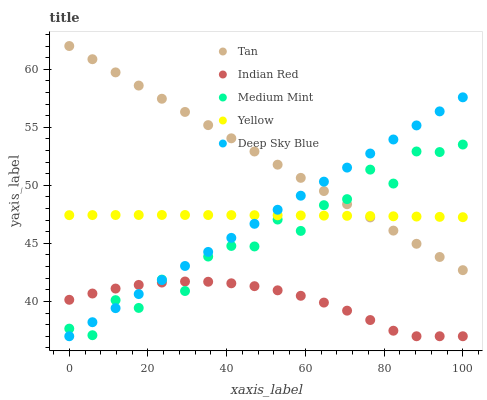
| xaxis_label | Tan | Indian Red | Medium Mint | Yellow | Deep Sky Blue |
 | --- | --- | --- | --- | --- | --- |
 | 0 | 62 | 40.1 | 37.7 | 47.4 | 37 |
 | 5.88 | 60.9 | 40.7 | 37.1 | 47.4 | 38.2 |
 | 11.8 | 59.7 | 41.1 | 40.1 | 47.4 | 39.4 |
 | 17.6 | 58.6 | 41.4 | 39.4 | 47.4 | 40.6 |
 | 23.5 | 57.5 | 41.6 | 41.9 | 47.4 | 41.8 |
 | 29.4 | 56.3 | 41.7 | 40.9 | 47.4 | 43.1 |
 | 35.3 | 55.2 | 41.7 | 43.9 | 47.4 | 44.3 |
 | 41.2 | 54 | 41.6 | 44.8 | 47.4 | 45.5 |
 | 47.1 | 52.9 | 41.3 | 44.7 | 47.4 | 46.7 |
 | 52.9 | 51.8 | 41 | 47.1 | 47.4 | 47.9 |
 | 58.8 | 50.6 | 40.5 | 46.1 | 47.4 | 49.1 |
 | 64.7 | 49.5 | 39.9 | 48.3 | 47.4 | 50.3 |
 | 70.6 | 48.4 | 39.2 | 48.8 | 47.4 | 51.5 |
 | 76.5 | 47.2 | 38.4 | 51.4 | 47.4 | 52.7 |
 | 82.4 | 46.1 | 37.5 | 50.2 | 47.3 | 53.9 |
 | 88.2 | 45 | 37 | 52.9 | 47.3 | 55.2 |
 | 94.1 | 43.8 | 37 | 52.9 | 47.3 | 56.4 |
 | 100 | 42.7 | 37 | 53.5 | 47.3 | 57.6 |